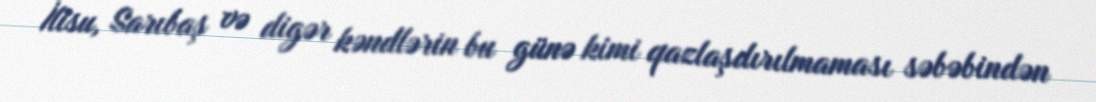
İlisu, Sarıbaş və digər kəndlərin bu günə kimi qazlaşdırılmaması səbəbindən